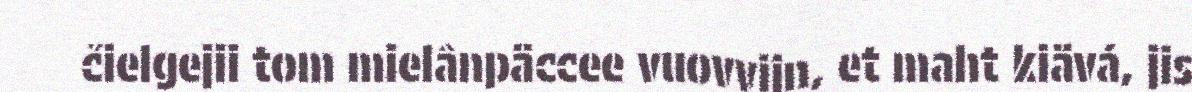
čielgejii tom mielânpäccee vuovvijn, et maht kiävá, jis